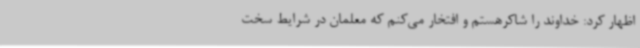
اظهار کرد: خداوند را شاکرهستم و افتخار می‌کنم که معلمان در شرایط سخت